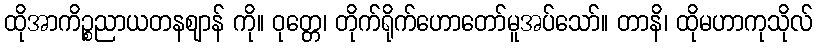
ထိုအာကိဉ္စညာယတနဈာန် ကို။ ဝုတ္တေ၊ တိုက်ရိုက်ဟောတော်မူအပ်သော်။ တာနိ၊ ထိုမဟာကုသိုလ်